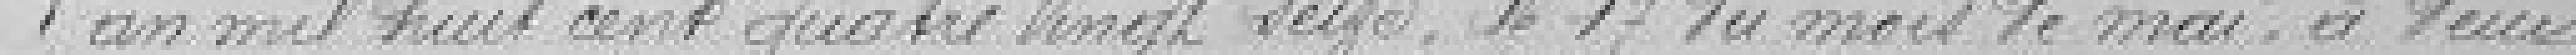
L'an mil huit cent quatre vingt seize, le 17 du mois de mai, à deux